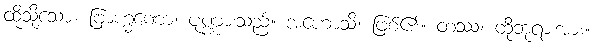
ထိုသို့သော။ ဗြာဟ္မဏော၊ ပုဏ္ဏားသည်။ အဟောသိ၊ ဖြစ်၏။ တဿ၊ ထိုဘုရားအား။